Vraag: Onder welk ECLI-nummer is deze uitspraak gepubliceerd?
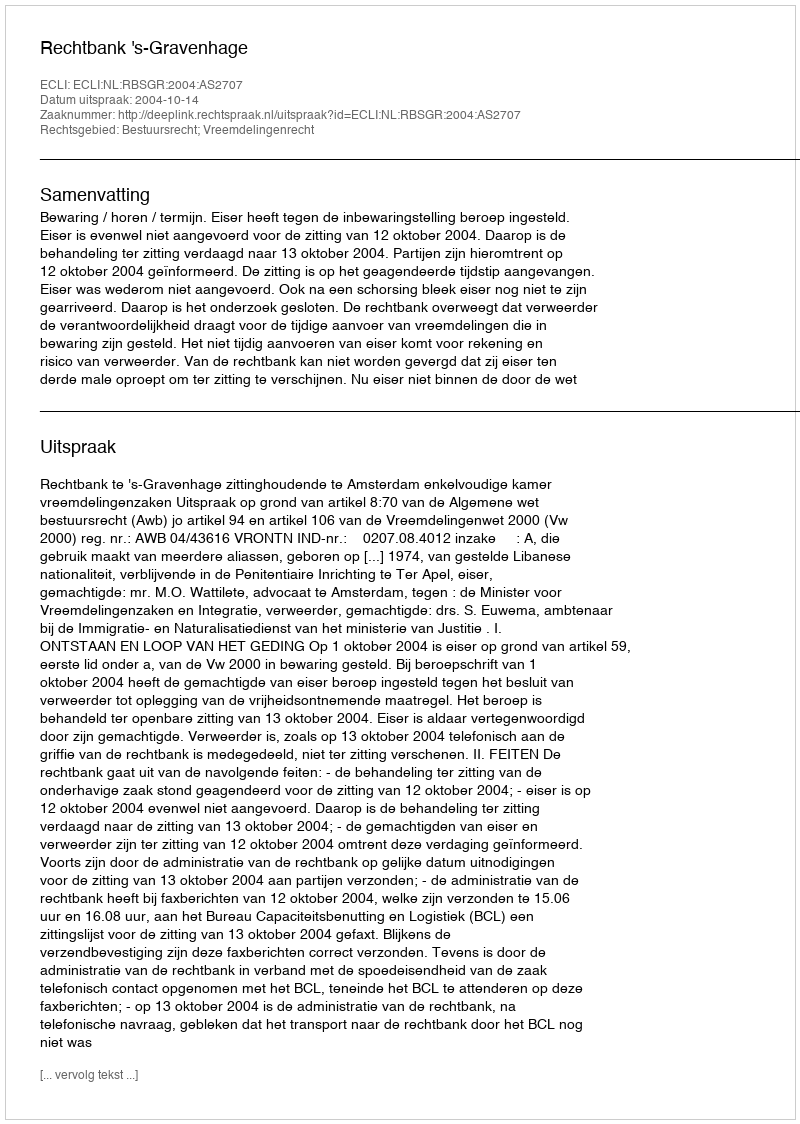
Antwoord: ECLI:NL:RBSGR:2004:AS2707